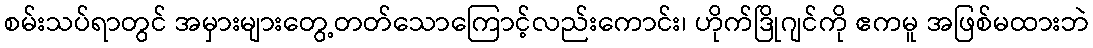
စမ်းသပ်ရာတွင် အမှားများတွေ့တတ်သောကြောင့်လည်းကောင်း၊ ဟိုက်ဒြိုဂျင်ကို ဧကမူ အဖြစ်မထားဘဲ